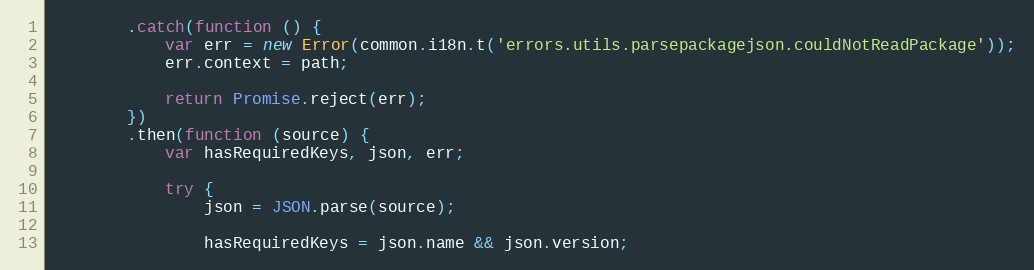
Language: JavaScript
        .catch(function () {
            var err = new Error(common.i18n.t('errors.utils.parsepackagejson.couldNotReadPackage'));
            err.context = path;

            return Promise.reject(err);
        })
        .then(function (source) {
            var hasRequiredKeys, json, err;

            try {
                json = JSON.parse(source);

                hasRequiredKeys = json.name && json.version;